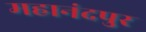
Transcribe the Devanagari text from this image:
महानंदपुर